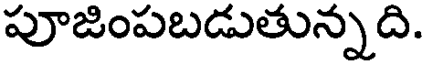
పూజింపబడుతున్నది.